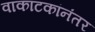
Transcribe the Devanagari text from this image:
वाकाटकांनंतर